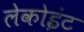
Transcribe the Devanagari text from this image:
लेकोइंट